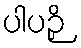
ပါပဉှိ